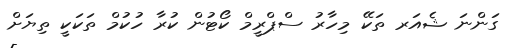
ގަންނަ ޝެއަރ ތަކޭ މިހާރު ސްޕްރީމް ކޯޓުން ކުރާ ހުކުމް ތަކަކީ ތިޔަށް